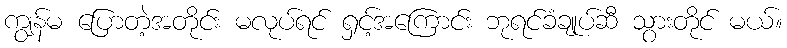
ကျွန်မ ပြောတဲ့အတိုင်း မလုပ်ရင် ရှင့်အကြောင်း ဘုရင်ခံချုပ်ဆီ သွားတိုင် မယ်။